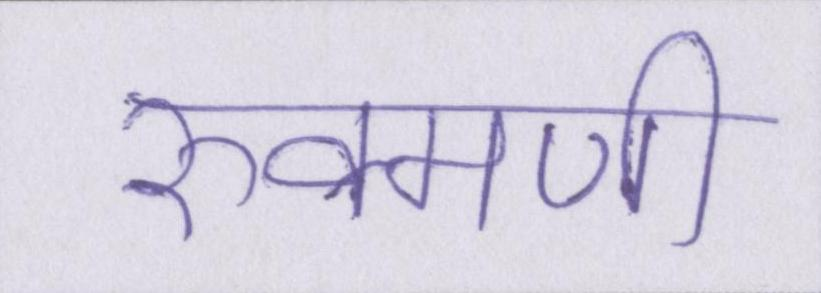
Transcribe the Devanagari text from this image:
रुक्मणी